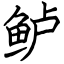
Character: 鲈